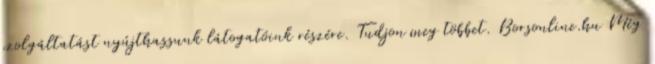
szolgáltatást nyújthassunk látogatóink részére. Tudjon meg többet. Borsonline.hu Még